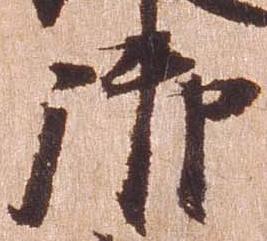
御